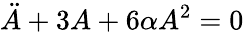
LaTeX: \ddot{A}+3A+6\alpha A^{2}=0